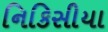
નિકિસીયા